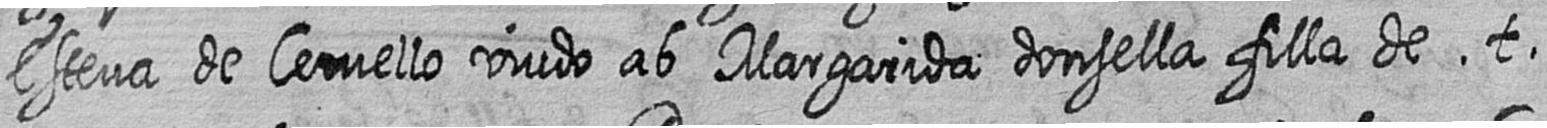
Esteva de Cervello viudo ab Margarida donsella filla de t